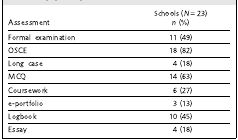
| Assessment | Schools (N = 23)n (%) |
 | --- | --- |
 | Formal examination | 11 (49) |
 | OSCE | 18 (82) |
 | Long case | 4 (18) |
 | MCQ | 14 (63) |
 | Coursework | 6 (27) |
 | e-portfolio | 3 (13) |
 | Logbook | 10 (45) |
 | Essay | 4 (18) |